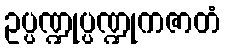
ဥပ္ပဏ္ဍုပ္ပဏ္ဍုကဇာတံ